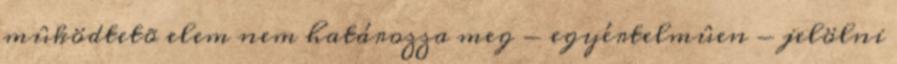
mûködtetõ elem nem határozza meg - egyértelmûen - jelölni